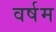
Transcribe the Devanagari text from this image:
वर्षम